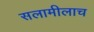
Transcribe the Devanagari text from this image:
सलामीलाच